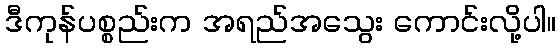
ဒီကုန်ပစ္စည်းက အရည်အသွေး ကောင်းလို့ပါ။